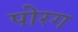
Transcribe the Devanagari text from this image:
पोरग